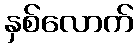
နှစ်လောက်